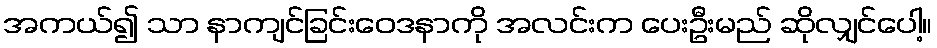
အကယ်၍ သာ နာကျင်ခြင်းဝေဒနာကို အလင်းက ပေးဦးမည် ဆိုလျှင်ပေါ့။